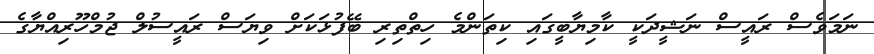
ނަމަވެސް ރައީސް ނަޝީދަކީ ކާމިޔާބީގައި ކިތަންމެ ހިތްތިރި ބޭފުޅަކަށް ވިޔަސް ރައީސުލް ޖުމްހޫރިއްޔާގެ